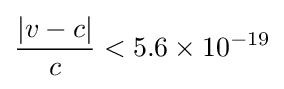
{\frac {|v-c|}{c}}<5.6\times 10^{-19}